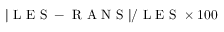
\lvert \mathrm { ~ L ~ E ~ S ~ - ~ R ~ A ~ N ~ S ~ } \lvert / \mathrm { ~ L ~ E ~ S ~ } \times 1 0 0